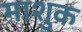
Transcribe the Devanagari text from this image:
माशुक